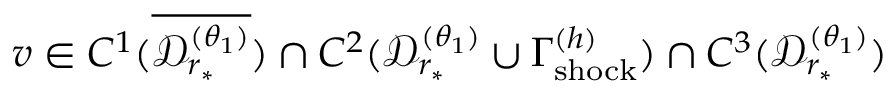
v \in C ^ { 1 } ( \overline { { \mathcal { D } _ { r _ { * } } ^ { ( \theta _ { 1 } ) } } } ) \cap C ^ { 2 } ( \mathcal { D } _ { r _ { * } } ^ { ( \theta _ { 1 } ) } \cup \Gamma _ { \mathrm { s h o c k } } ^ { ( h ) } ) \cap C ^ { 3 } ( \mathcal { D } _ { r _ { * } } ^ { ( \theta _ { 1 } ) } )